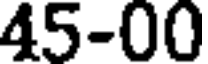
45-00